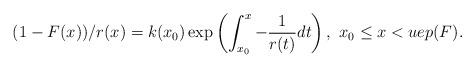
LaTeX: \begin{align*} (1-F(x))/r(x)= k(x_0) \exp \left( \int_{x_0}^{x}-\frac{1}{r(t)} dt \right), \ x_0\leq x<uep(F).\end{align*}